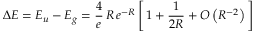
\Delta E = E _ { u } - E _ { g } = { \frac { 4 } { e } } \, R \, e ^ { - R } \left[ \, 1 + { \frac { 1 } { 2 R } } + O \left( R ^ { - 2 } \right) \, \right]